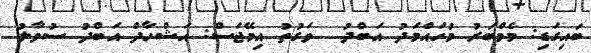
ބައިގަޑި: މެމްބަރު މުހައްމަދު އަބްދު  ވަގުތު އިމޭޖަސް: އަޝްހާދް އަބްދު ސުވާލު